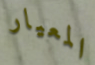
المعيار